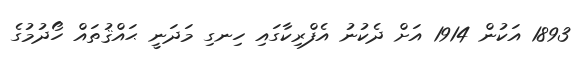
1893 އަކުން 1914 އަށް ދެކުނު އެފްރިކާގައި ހިނގި މަދަނީ ޙައްޤުތައް ހޯދުމުގެ